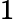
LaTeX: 1